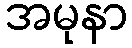
အမုနာ